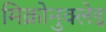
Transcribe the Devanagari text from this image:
मिक्रोनुक्लेइ